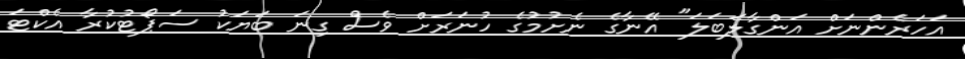
އަހަރެންނަށް އަންގާލަބަލަ" އޭނާގެ ނެށުމުގެ ހުނަރަށް ވެސް ގިނަ ބަޔަކު ސަޕޯޓުކުރާ އެކްޓަ